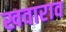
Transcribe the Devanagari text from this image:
खवाराव